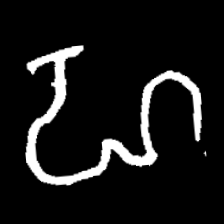
Pyu character \u2014 Myanmar letter: ဟ (romanized: ha)